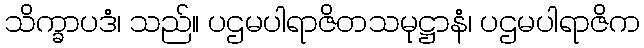
သိက္ခာပဒံ၊ သည်။ ပဌမပါရာဇိတသမုဋ္ဌာနံ၊ ပဌမပါရာဇိက